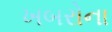
ખબરોના